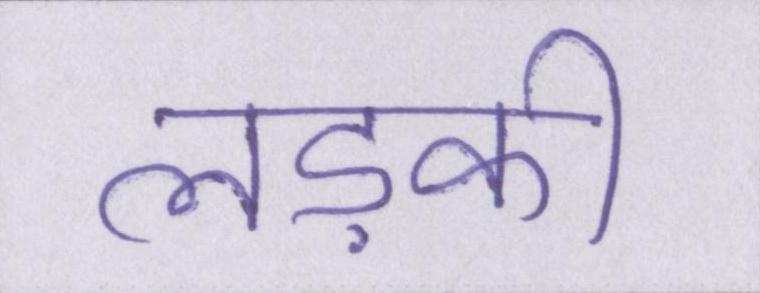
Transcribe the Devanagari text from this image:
लड़की